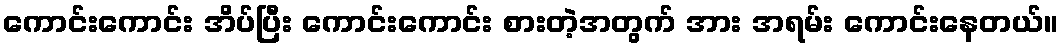
ကောင်းကောင်း အိပ်ပြီး ကောင်းကောင်း စားတဲ့အတွက် အား အရမ်း ကောင်းနေတယ်။